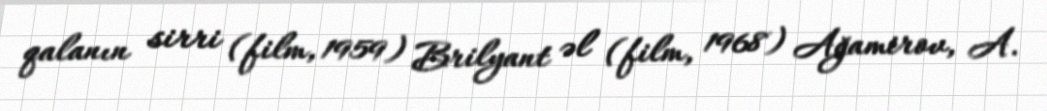
qalanın sirri (film, 1959) Brilyant əl (film, 1968) Ağamirov, A.